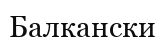
Балкански